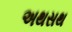
અથસથ